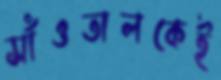
সাঁওতালকেই